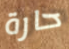
حارة